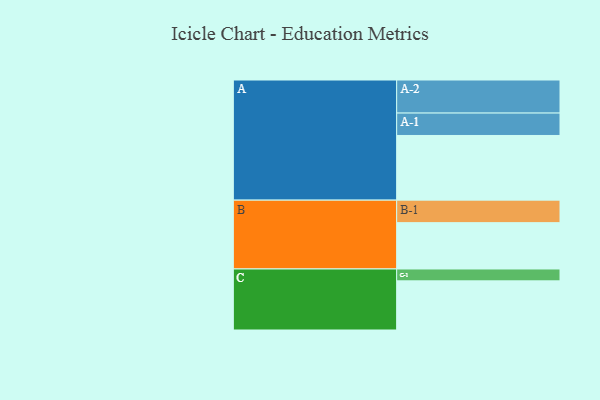
{"axis": {"x": "Segment", "y": "Value"}, "legend": ["", "A", "B", "C"], "data": [{"x": "A", "y": 571, "type": ""}, {"x": "B", "y": 409, "type": ""}, {"x": "C", "y": 434, "type": ""}, {"x": "A-1", "y": 198, "type": "A"}, {"x": "A-2", "y": 292, "type": "A"}, {"x": "B-1", "y": 199, "type": "B"}, {"x": "C-1", "y": 105, "type": "C"}]}